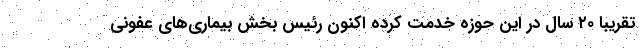
تقریباً ۲۰ سال در این حوزه خدمت کرده اکنون رئیس بخش بیماری‌های عفونی